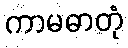
ကာမဓာတုံ